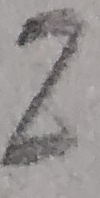
Text: Z